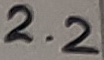
Text: 2.2